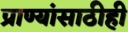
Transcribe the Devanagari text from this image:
प्राण्यांसाठीही